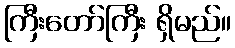
ကြီးတော်ကြီး ရှိမည်။